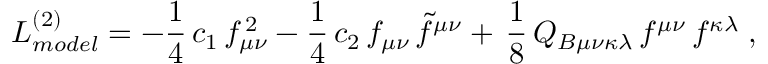
{ \cal L } _ { m o d e l } ^ { ( 2 ) } = - \frac { 1 } { 4 } \, c _ { 1 } \, f _ { \mu \nu } ^ { \, 2 } - \frac { 1 } { 4 } \, c _ { 2 } \, f _ { \mu \nu } \, \widetilde { f } ^ { \mu \nu } + \, \frac { 1 } { 8 } \, Q _ { B \mu \nu \kappa \lambda } \, f ^ { \mu \nu } \, f ^ { \kappa \lambda } \; ,